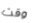
وقت